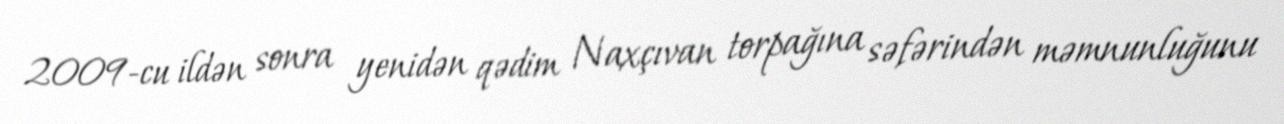
2009-cu ildən sonra yenidən qədim Naxçıvan torpağına səfərindən məmnunluğunu